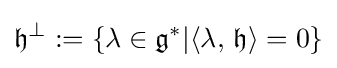
{\mathfrak {h}}^{\perp }:=\{\lambda \in {\mathfrak {g}}^{*}|\langle \lambda ,\,{\mathfrak {h}}\rangle =0\}